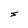
Character: S